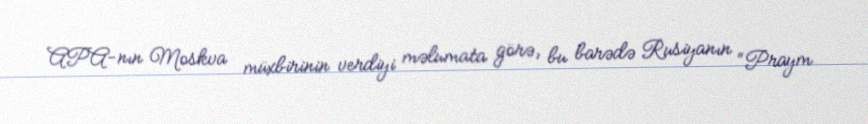
APA-nın Moskva müxbirinin verdiyi məlumata görə, bu barədə Rusiyanın “Praym